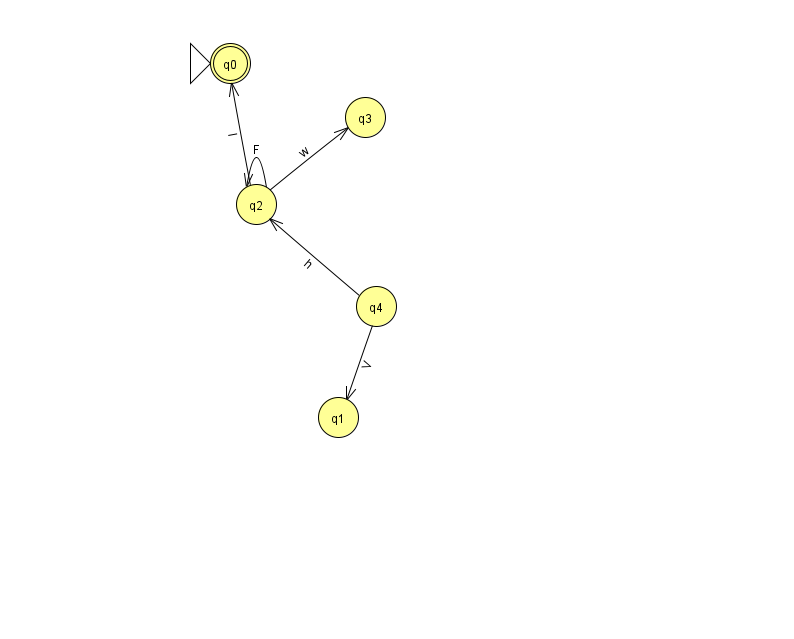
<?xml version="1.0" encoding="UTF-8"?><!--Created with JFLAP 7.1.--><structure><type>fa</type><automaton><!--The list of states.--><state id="0" name="q0"><x>230.0</x><y>50.0</y><initial/><final/></state><state id="1" name="q1"><x>338.0</x><y>404.0</y></state><state id="2" name="q2"><x>256.0</x><y>191.0</y></state><state id="3" name="q3"><x>365.0</x><y>104.0</y></state><state id="4" name="q4"><x>376.0</x><y>293.0</y></state><!--The list of transitions.--><transition><from>2</from><to>0</to><read>l</read></transition><transition><from>2</from><to>2</to><read>F</read></transition><transition><from>2</from><to>3</to><read>w</read></transition><transition><from>4</from><to>2</to><read>h</read></transition><transition><from>4</from><to>1</to><read>V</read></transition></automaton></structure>